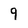
Character: 9